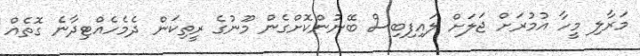
މަރާލި މީހާ އުމުރަށް ޖަލަށް ލައިފިބިސް ބޭނުންކޮށްގެން މޫނުގެ ރީތިކަން ދެމެހެއްޓިދާނެ ގޮތެއް